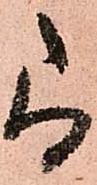
尚